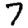
Digit: 7